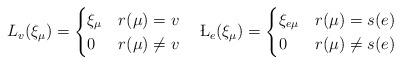
LaTeX: \begin{align*}L_v(\xi_{\mu}) = \begin{cases} \xi_{\mu} & r(\mu) = v \\ 0 & r(\mu) \neq v\end{cases} \ \ \ \L_e(\xi_{\mu}) = \begin{cases} \xi_{e \mu} & r(\mu) = s(e) \\ 0 & r(\mu) \neq s(e)\end{cases}\end{align*}